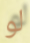
لو